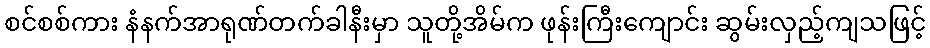
စင်စစ်ကား နံနက်အာရုဏ်တက်ခါနီးမှာ သူတို့အိမ်က ဖုန်းကြီးကျောင်း ဆွမ်းလှည့်ကျသဖြင့်